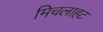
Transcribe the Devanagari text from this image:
मिचलाहट